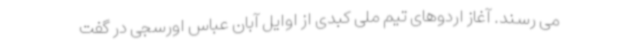
می رسند. آغاز اردوهای تیم ملی کبدی از اوایل آبان عباس اورسجی در گفت